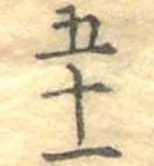
五十一